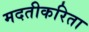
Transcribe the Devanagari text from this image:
मदतीकरिता